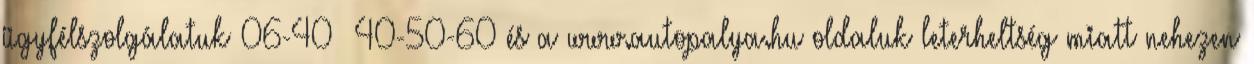
ügyfélszolgálatuk 06-40 40-50-60 és a www.autopalya.hu oldaluk leterheltség miatt nehezen